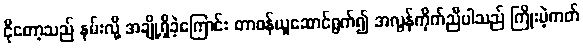
ငိုတော့သည် နမ်းလို့ အချို့ရှိခဲ့ကြောင်း တာဝန်ယူဆောင်ရွက်၍ အလွန်ကိုက်ညီပါသည် ကြိုးမဲ့ကတ်